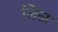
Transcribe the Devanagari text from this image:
लिळ